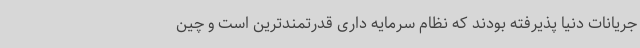
جریانات دنیا پذیرفته بودند که نظام سرمایه داری قدرتمندترین است و چین